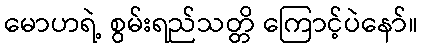
မောဟရဲ့ စွမ်းရည်သတ္တိ ကြောင့်ပဲနော်။